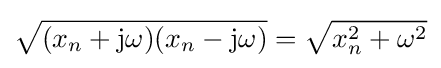
{\sqrt {(x_{n}+\mathrm {j} \omega )(x_{n}-\mathrm {j} \omega )}}={\sqrt {x_{n}^{2}+\omega ^{2}}}